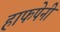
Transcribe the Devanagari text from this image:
हाफपेनी